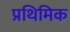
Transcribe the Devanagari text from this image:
प्रथिमिक